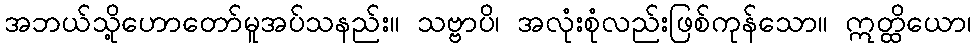
အဘယ်သို့ဟောတော်မူအပ်သနည်း။ သဗ္ဗာပိ၊ အလုံးစုံလည်းဖြစ်ကုန်သော။ ဣတ္ထိယော၊